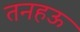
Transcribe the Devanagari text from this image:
तनहऊ